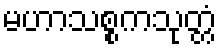
မဟာသစ္စကသုတ္တံ